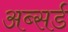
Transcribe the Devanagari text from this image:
अब्सर्ड